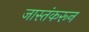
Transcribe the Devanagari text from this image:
जास्तंकरून